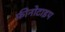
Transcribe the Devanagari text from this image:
फ़ीनोटाइप